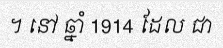
។ នៅ ឆ្នាំ 1914 ដែល ជា